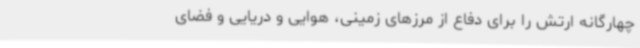
چهارگانه ارتش را برای دفاع از مرزهای زمینی، هوایی و دریایی و فضای